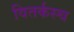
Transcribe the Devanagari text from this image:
वितर्कस्च